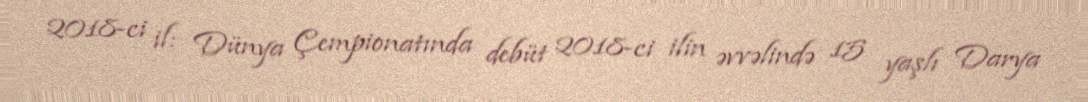
2018-ci il: Dünya Çempionatında debüt 2018-ci ilin əvvəlində 15 yaşlı Darya